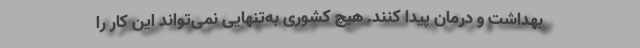
بهداشت و درمان پیدا کنند. هیچ کشوری به‌تنهایی نمی‌تواند این کار را